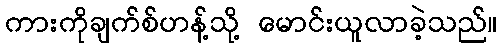
ကားကိုချက်စ်ဟန့်သို့ မောင်းယူလာခဲ့သည်။